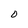
Character: D